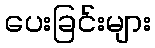
ပေးခြင်းများ